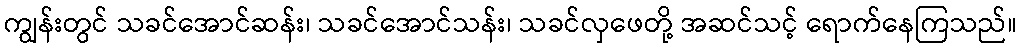
ကျွန်းတွင် သခင်အောင်ဆန်း၊ သခင်အောင်သန်း၊ သခင်လှဖေတို့ အဆင်သင့် ရောက်နေကြသည်။